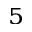
^ { 5 }